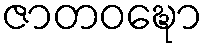
ဇာတဝဍ္ဎော